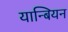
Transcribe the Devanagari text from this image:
यान्बियन